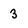
Character: 3